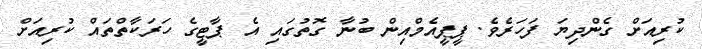
ކުރިއަށް ގެންދިޔަ ފަހަރެވެ. ޕީޕީއެމްއިން ބުނާ ގޮތުގައި އެ ޕާޓީގެ ހަރަކާތްތައް ކުރިއަށް